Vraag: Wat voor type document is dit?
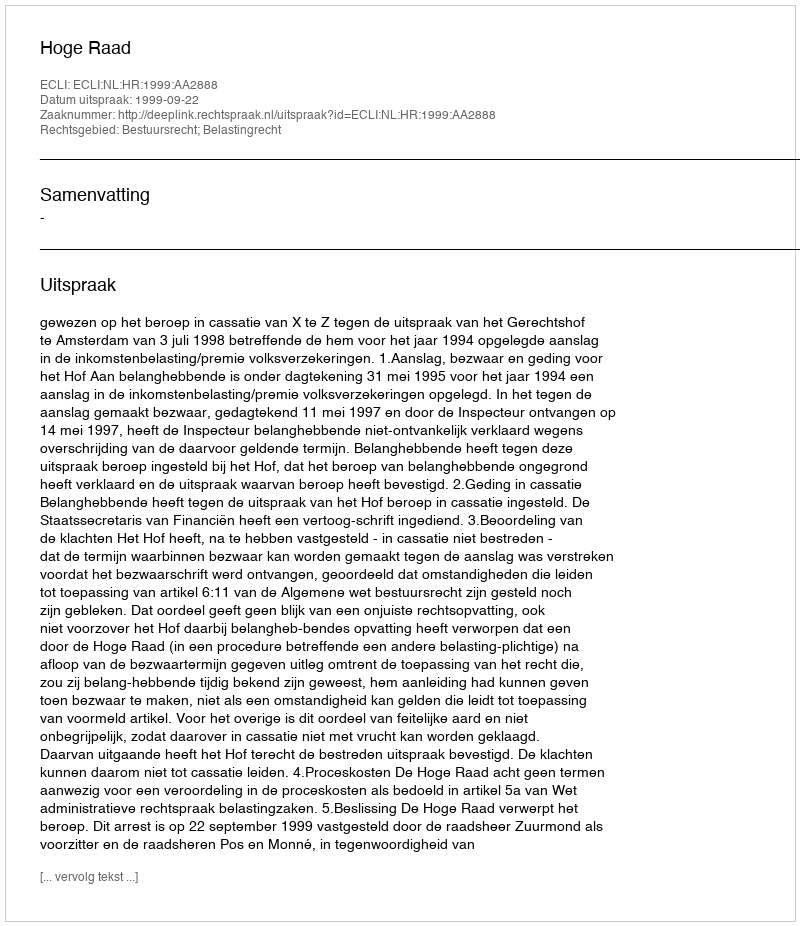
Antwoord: Uitspraak